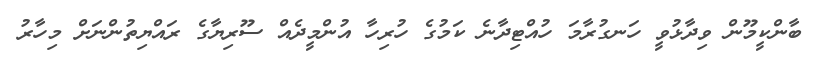
ބާންކީމޫން ވިދާޅުވީ ހަނގުރާމަ ހުއްޓިދާނެ ކަމުގެ ހުރިހާ އުންމީދެއް ސޫރިޔާގެ ރައްޔިތުންނަށް މިހާރު